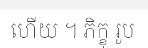
ហើយ ។ ភិក្ខុ រូប